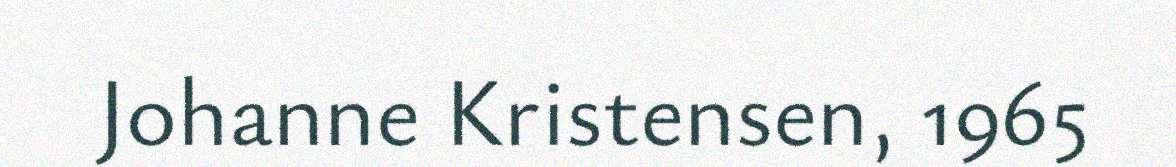
Johanne Kristensen, 1965